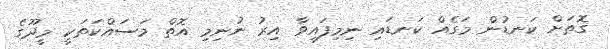
ގޮތަށް ކަނޑުން މަގެއް ކަނޑައި ނިމިފައިވާ އިރު ނުނިމި އޮތް މަސައްކަތަކީ މީދޫގެ